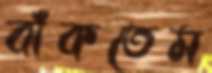
বাঁকতেম